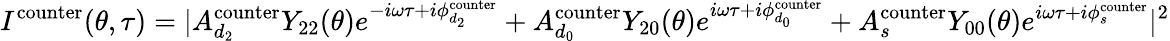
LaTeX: I^{\mathrm{{counter}}}(\theta,\tau)=|A_{d_{2}}^{\mathrm{counter}}Y_{22}(\theta)e^{-i\omega\tau+i\phi_{d_{2}}^{\mathrm{{counter}}}}+A_{d_{0}}^{\mathrm{counter}}Y_{20}(\theta)e^{i\omega\tau+i\phi_{d_{0}}^{\mathrm{{counter}}}}+A_{s}^{\mathrm{counter}}Y_{00}(\theta)e^{i\omega\tau+i\phi_{s}^{\mathrm{{counter}}}}|^{2}